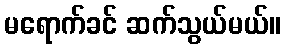
မရောက်ခင် ဆက်သွယ်မယ်။